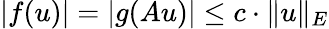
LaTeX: |f(u)|=|g(Au)|\leq c\cdot\| u\| _{E}